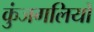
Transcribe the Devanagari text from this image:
कुंजगलियों